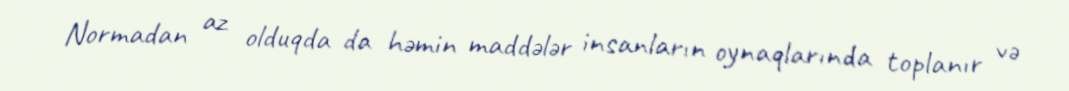
Normadan az olduqda da həmin maddələr insanların oynaqlarında toplanır və